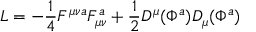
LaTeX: { \cal L } = - { \frac { 1 } { 4 } } F ^ { \mu \nu a } F _ { \mu \nu } ^ { a } + { \frac { 1 } { 2 } } D ^ { \mu } ( \Phi ^ { a } ) D _ { \mu } ( \Phi ^ { a } )